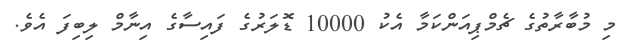
މި މުބާރާތުގެ ޗެމްޕިއަންކަމާ އެކު 10000 ޑޮލަރުގެ ފައިސާގެ އިނާމް ލިބިފަ އެވެ.